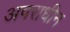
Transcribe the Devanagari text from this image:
अपराधीन